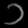
Digit: ၁